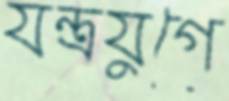
যন্ত্রযুগে